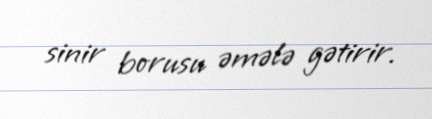
sinir borusu əmələ gətirir.